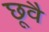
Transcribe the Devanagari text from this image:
छूवै